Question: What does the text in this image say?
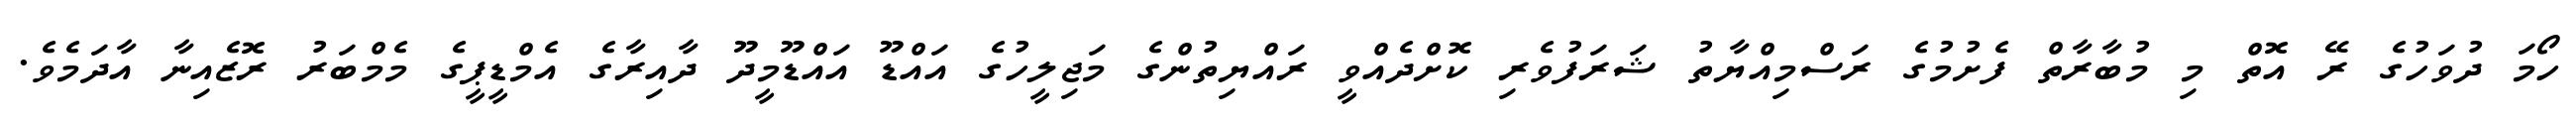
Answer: ހޯމަ ދުވަހުގެ ރޭ އޮތް މި މުބާރާތް ފެށުމުގެ ރަސްމިއްޔާތު ޝަރަފުވެރި ކޮށްދެއްވީ ރައްޔިތުންގެ މަޖިލީހުގެ އައްޑޫ އައްޑޫމީދޫ ދާއިރާގެ އެމްޑީޕީގެ މެމްބަރު ރޮޒެއިނާ އާދަމެވެ.